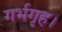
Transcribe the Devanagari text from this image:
गर्भगृह।